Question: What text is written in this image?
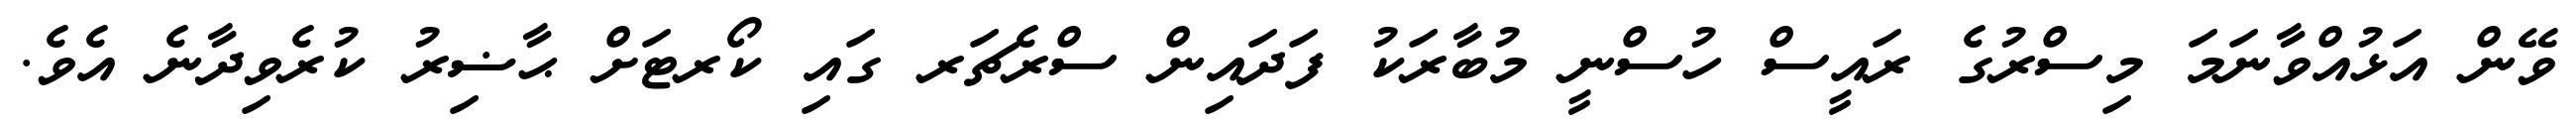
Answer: ވޭން އަޅުއްވާނަމަ މިސްރުގެ ރައީސް ހުސްނީ މުބާރަކު ފަދައިން ސްރެޗަރ ގައި ކޯރޓަށް ޙާޟިރު ކުރެވިދާނެ އެވެ.